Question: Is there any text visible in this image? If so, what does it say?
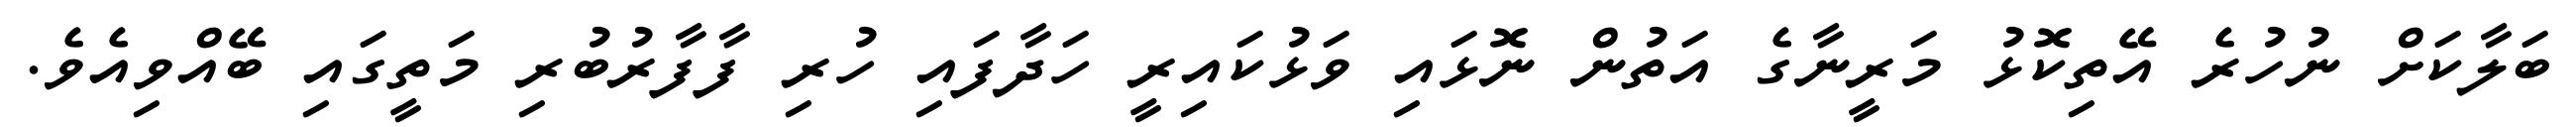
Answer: ބަލާކަށް ނުހުރެ އޭތިކޮޅު މަރީނާގެ އަތުން ނޮޅައި ވަޅުކައިރީ ހަދާފައި ހުރި ފާފާރުބުރި މަތީގައި ބޭއްވިއެވެ.